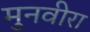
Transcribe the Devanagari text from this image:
मुनवीरा